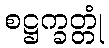
စဋ္ဌက္ခတ္တုံ